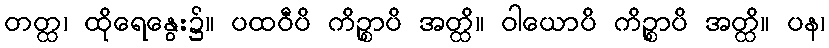
တတ္ထ၊ ထိုရေနွေး၌။ ပထဝီပိ ကိဉ္စာပိ အတ္ထိ။ ဝါယောပိ ကိဉ္စာပိ အတ္ထိ။ ပန၊